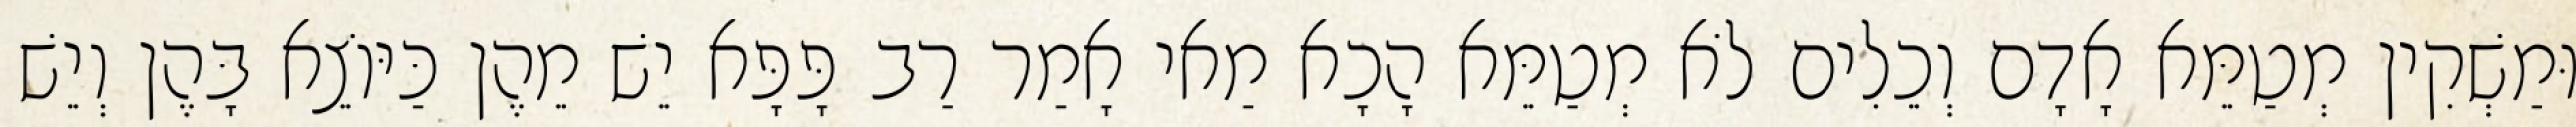
וּמַשְׁקִין מְטַמֵּא אָדָם וְכֵלִים לֹא מְטַמֵּא הָכָא מַאי אָמַר רַב פָּפָּא יֵשׁ מֵהֶן כַּיּוֹצֵא בָּהֶן וְיֵשׁ